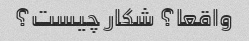
واقعا؟ شکار چیست؟